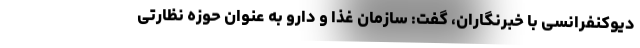
دیوکنفرانسی با خبرنگاران، گفت: سازمان غذا و دارو به عنوان حوزه نظارتی